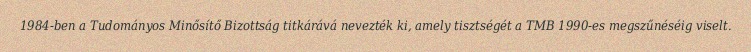
1984-ben a Tudományos Minősítő Bizottság titkárává nevezték ki, amely tisztségét a TMB 1990-es megszűnéséig viselt.